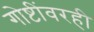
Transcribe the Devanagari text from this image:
गोष्टींवरही